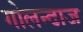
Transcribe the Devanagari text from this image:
गोलन्दाज